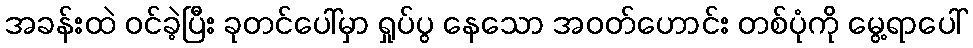
အခန်းထဲ ဝင်ခဲ့ပြီး ခုတင်ပေါ်မှာ ရှုပ်ပွ နေသော အဝတ်ဟောင်း တစ်ပုံကို မွေ့ရာပေါ်